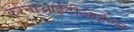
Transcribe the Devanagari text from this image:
करनाआईटीआईएल